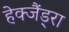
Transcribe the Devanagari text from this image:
हेक्जैंड्रा